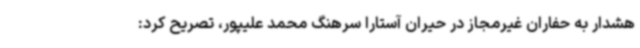
هشدار به حفاران غیرمجاز در حیران آستارا سرهنگ محمد علیپور، تصریح کرد: